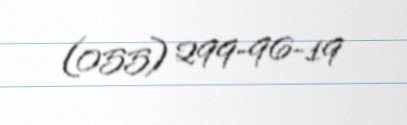
(055) 299-96-19